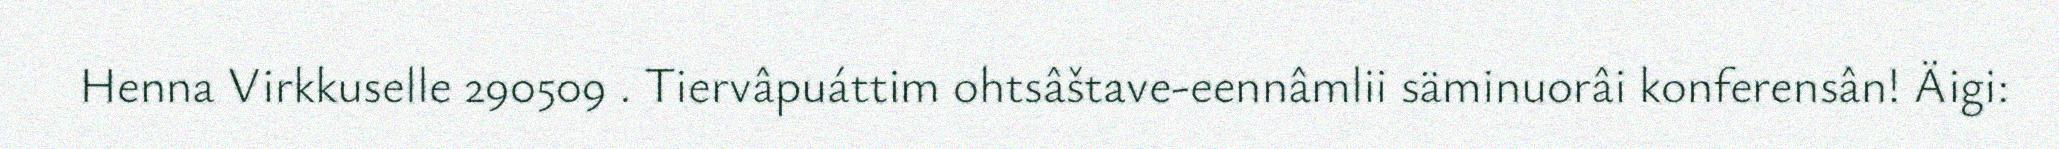
Henna Virkkuselle 290509 . Tiervâpuáttim ohtsâštave-eennâmlii säminuorâi konferensân! Äigi: